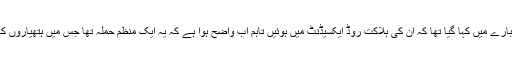
قبل ازیں ان کے بارے میں کہا گیا تھا کہ ان کی ہلاکت روڈ ایکسیڈنٹ میں ہوئیں تاہم اب واضح ہوا ہے کہ یہ ایک منظم حملہ تھا جس میں ہتھیاروں کا استعمال کیا گیا۔